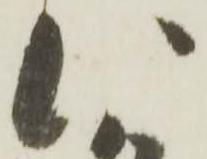
い